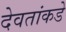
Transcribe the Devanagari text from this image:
देवतांकडे